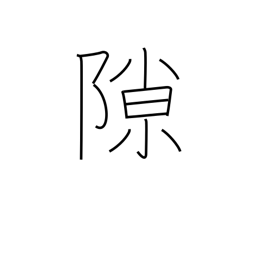
Meaning: crevice